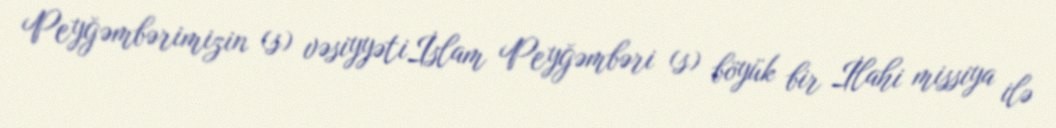
Peyğəmbərimizin (s) vəsiyyətiİslam Peyğəmbəri (s) böyük bir İlahi missiya ilə